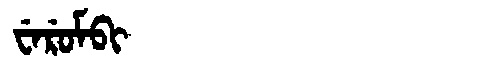
Manchu: ᠸᡝᡵᡠᠮᠪᡳ
Romanization: WERUMBI